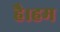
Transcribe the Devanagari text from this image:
है।हम